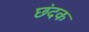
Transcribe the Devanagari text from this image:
छंदक